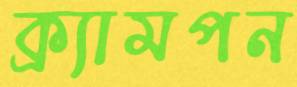
ক্র্যামপন